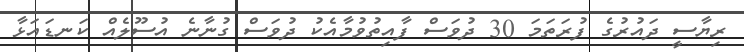
ރިޔާސީ ދައުރުގެ ފުރަތަމަ 30 ދުވަސް ފާއިތުވުމާއެކު ދުވަސް ގުނާނެ އުސޫލެއް ކަނޑައަޅާ